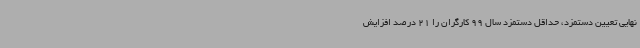
نهایی تعیین دستمزد، حداقل دستمزد سال 99 کارگران را 21 درصد افزایش